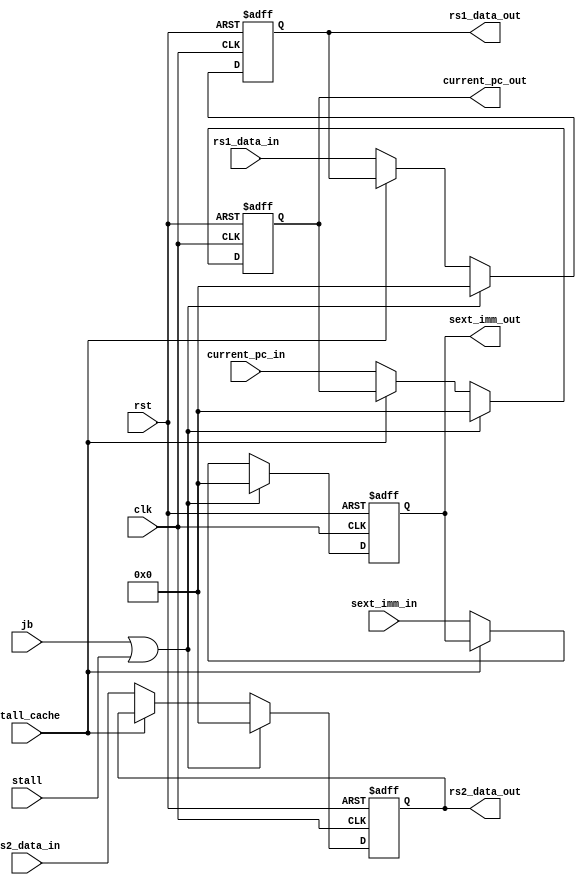
module Reg_ID_EX (
    input clk,
    input rst,
    input stall, jb, stall_cache,
    input [31:0] current_pc_in, rs1_data_in, rs2_data_in, sext_imm_in,
    output reg[31:0] current_pc_out, rs1_data_out, rs2_data_out, sext_imm_out
    );
    always @ (posedge clk or posedge rst) begin
        if (rst) begin
            current_pc_out <= 32'd0;
            rs1_data_out <= 32'd0;
            rs2_data_out <= 32'd0;
            sext_imm_out <= 32'd0;
        end
        // jump or branch condition is established => jb == 1 => flush the previous instruction
        // stall is detected => insert nop
        else if (jb || stall) begin
            current_pc_out <= 32'd0;
            rs1_data_out <= 32'd0;
            rs2_data_out <= 32'd0;
            sext_imm_out <= 32'd0;
        end
        // cache provoked stall
        else if (stall_cache) begin
            current_pc_out <= current_pc_out;
            rs1_data_out <= rs1_data_out;
            rs2_data_out <= rs2_data_out;
            sext_imm_out <= sext_imm_out;
        end
        else begin
            current_pc_out <= current_pc_in;
            rs1_data_out <= rs1_data_in;
            rs2_data_out <= rs2_data_in;
            sext_imm_out <= sext_imm_in;
        end

    end
endmodule